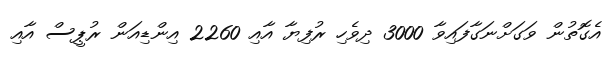
އެގޮތުން ވަގަށްނަގާފައިވާ 3000 ދިވެހި ރުފިޔާ އާއި 2260 އިންޑިއަން ރުޕީސް އާއި